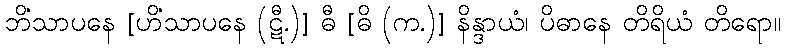
ဘိံသာပနေ [ဟိံသာပနေ (ဋီ.)] ဓီ [ဓိ (က.)] နိန္ဒာယံ၊ ပိဓာနေ တိရိယံ တိရော။